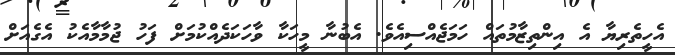
އެހީތެރިޔާ އެ އިންތިޒާމުތައް ހަމަޖެއްސިއެވެ. އެބުނާ މީހަކާ ވާހަކަދެއްކުމަށް ފަހު ޖުމާމާއެކު އެގެއަށް